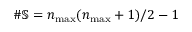
\# \mathbb { S } = n _ { \operatorname* { m a x } } ( n _ { \operatorname* { m a x } } + 1 ) / 2 - 1